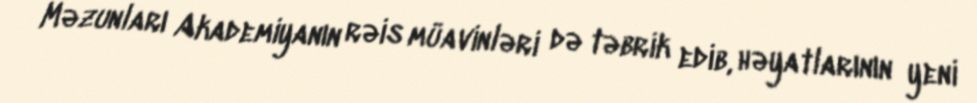
Məzunları Akademiyanın rəis müavinləri də təbrik edib, həyatlarının yeni